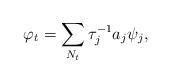
LaTeX: \begin{align*}\varphi_t=\sum_{N_t} \tau_j^{-1} a_j\psi_j,\end{align*}